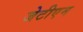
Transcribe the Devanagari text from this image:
जेटीएम